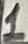
Text: 1